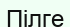
Пілге